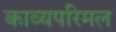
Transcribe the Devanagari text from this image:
काव्यपरिमल